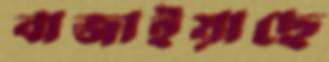
বাজাইয়াছে